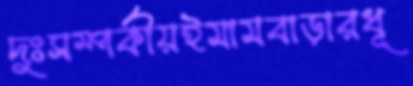
দুঃসম্পর্কীয়ইমামবাড়ারধূ